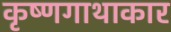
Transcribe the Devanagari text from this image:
कृष्णगाथाकार